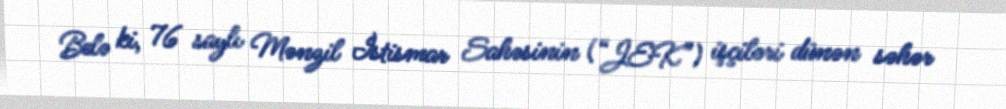
Belə ki, 76 saylı Mənzil İstismar Sahəsinin (“JEK”) işçiləri dünən səhər